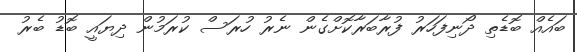
ބައެއް ބޮޑެތި ދޯނިފަހަރު ފުރާބަރާކޮށްގެން ނެރު ހުރަސް ކުރަމުން ދިޔައީ ބޮޑު ބެރު